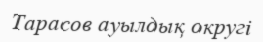
Тарасов ауылдық округі